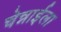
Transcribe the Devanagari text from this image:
चेन्नाईला